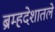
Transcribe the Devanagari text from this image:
ब्रम्हदेशातले